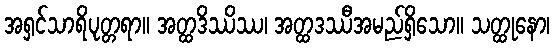
အရှင်သာရိပုတ္တရာ။ အတ္ထဒိဿိဿ၊ အတ္ထဒဿီအမည်ရှိသော။ သတ္ထုနော၊